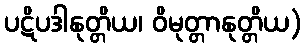
ပဋိပဒါနုတ္တိယ၊ ဝိမုတ္တာနုတ္တိယ)